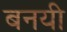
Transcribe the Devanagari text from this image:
बनयी